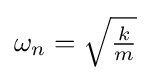
{\textstyle \omega _{n}={\sqrt {\frac {k}{m}}}}